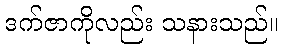
ဒက်ဇာကိုလည်း သနားသည်။